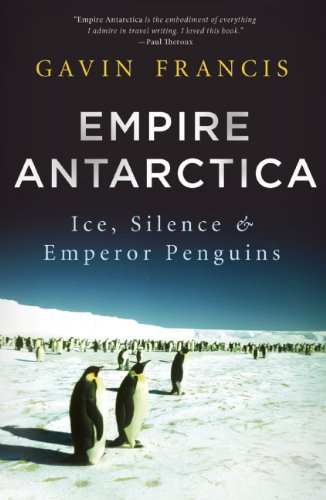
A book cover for Empire Antarctica: Ice, Silence and Emperor Penguins; Gavin Francis; Travel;